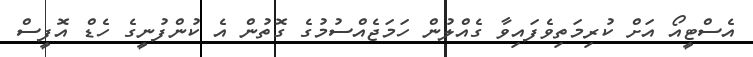
އެސްޓީއޯ އަށް ކުރިމަތިވެފައިވާ ގެއްލުން ހަމަޖެއްސުމުގެ ގޮތުން އެ ކުންފުނީގެ ހެޑް އޮފީސް